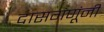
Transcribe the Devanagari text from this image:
दासगंणूंनी